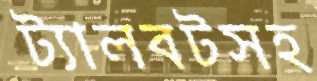
ট্যালবটসহ